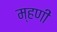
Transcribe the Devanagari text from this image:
म्हणीं